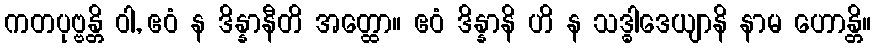
ကတပုဗ္ဗန္တိ ဝါ, ဧဝံ န ဒိန္နာနီတိ အတ္ထော။ ဧဝံ ဒိန္နာနိ ဟိ န သဒ္ဓါဒေယျာနိ နာမ ဟောန္တိ။